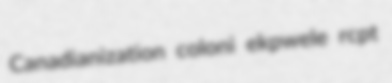
Canadianization coloni ekpwele rcpt